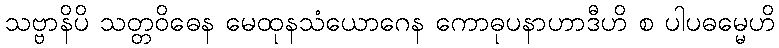
သဗ္ဗာနိပိ သတ္တဝိဓေန မေထုနသံယောဂေန ကောဓုပနာဟာဒီဟိ စ ပါပဓမ္မေဟိ